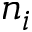
n _ { i }